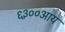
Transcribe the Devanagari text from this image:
६३००आय